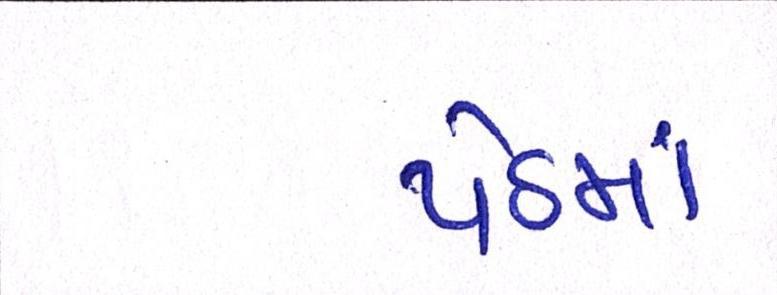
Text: પેઠમાં